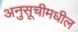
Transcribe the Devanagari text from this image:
अनुसूचीमधील